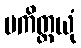
ပကိတ္တယုံ